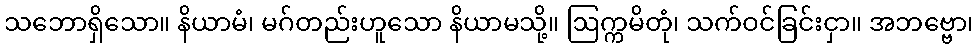
သဘောရှိသော။ နိယာမံ၊ မဂ်တည်းဟူသော နိယာမသို့။ ဩက္ကမိတုံ၊ သက်ဝင်ခြင်းငှာ။ အဘဗ္ဗော၊